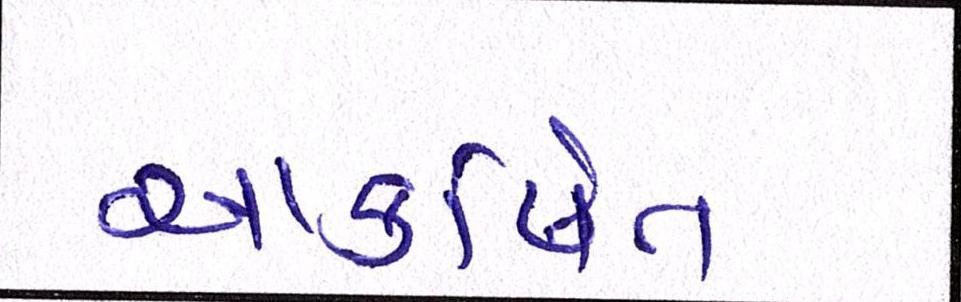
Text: આકર્ષિત